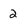
Character: 2